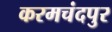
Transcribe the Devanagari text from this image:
करमचंदपुर